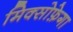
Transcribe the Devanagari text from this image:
मिक्सोफ़ेगा